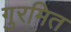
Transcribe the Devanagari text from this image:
गुरमित